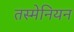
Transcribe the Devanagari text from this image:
तस्मेनियन